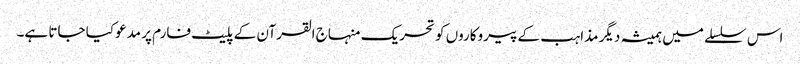
اس سلسلے میں ہمیشہ دیگر مذاہب کے پیروکاروں کو تحریک منہاج القرآن کے پلیٹ فارم پر مدعو کیا جاتا ہے۔